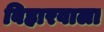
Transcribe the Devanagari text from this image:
बिहारवाला